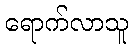
ရောက်လာသူ